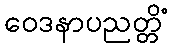
ဝေဒနာပညတ္တိံ